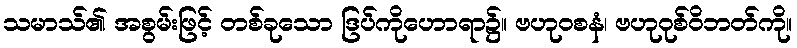
သမာသ်၏ အစွမ်းဖြင့် တစ်ခုသော ဒြပ်ကိုဟောရာ၌။ ဗဟုဝစနံ၊ ဗဟုဝုစ်ဝိဘတ်ကို။